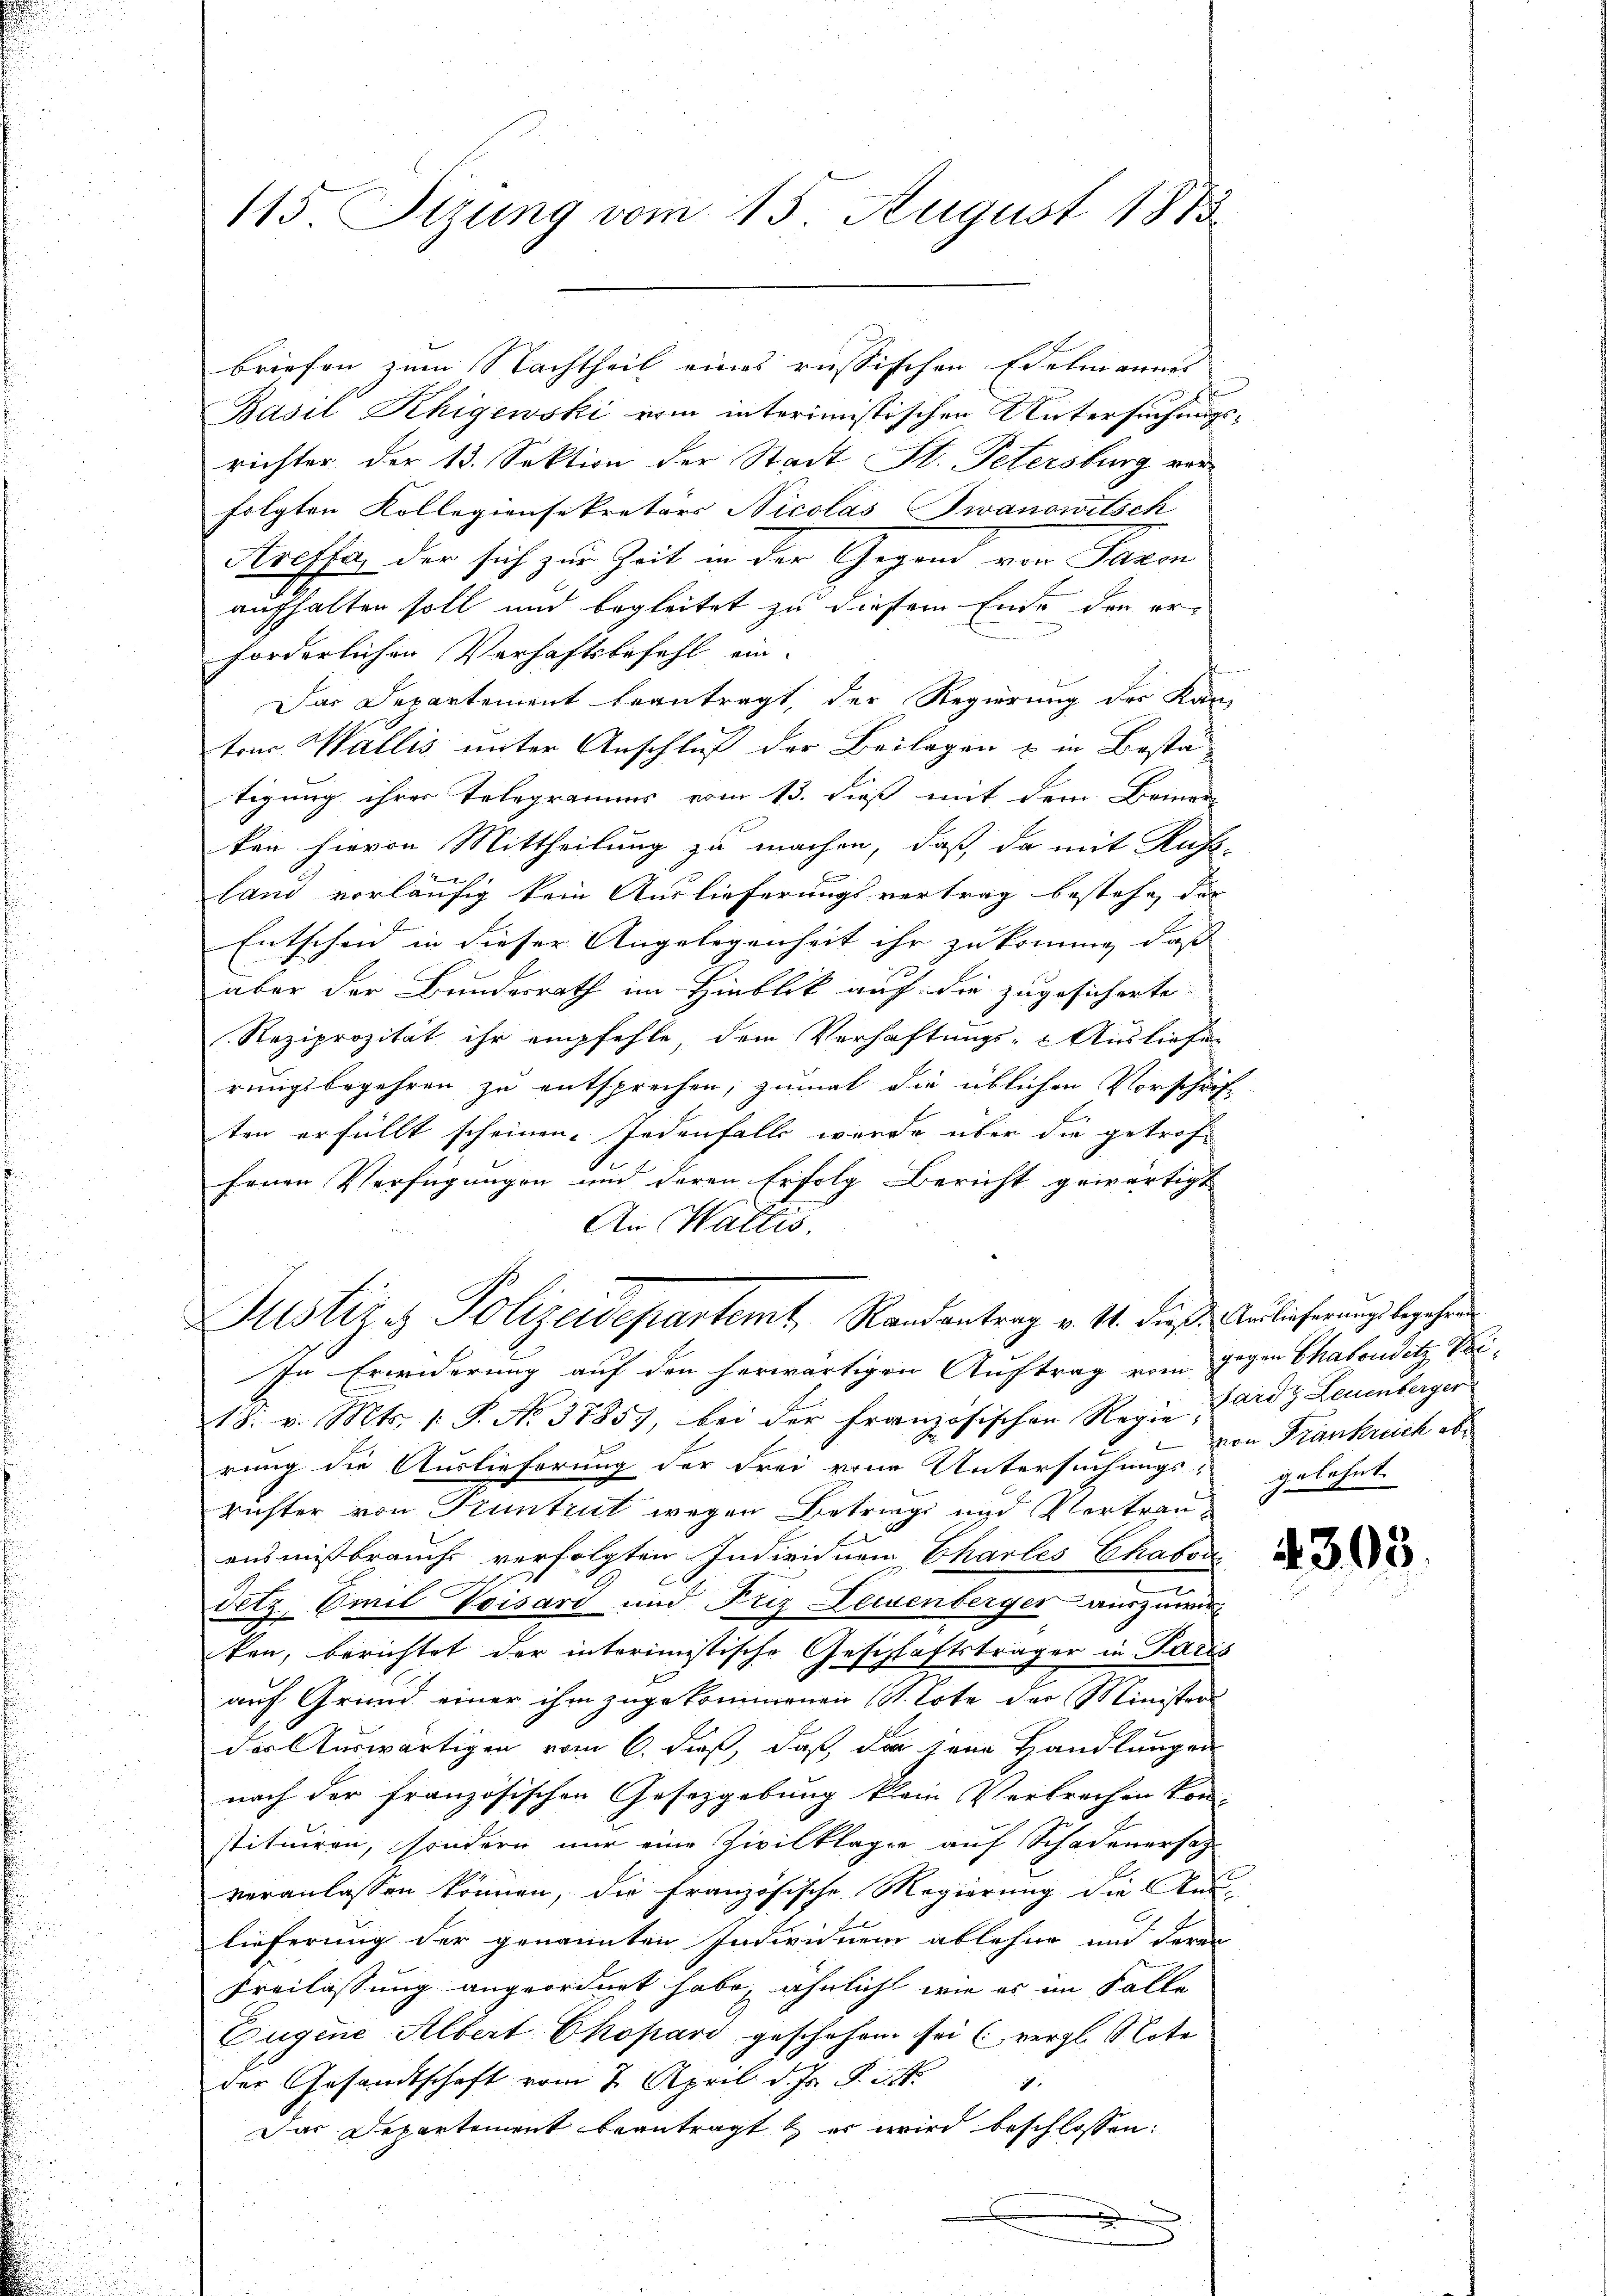
115 Stzung vom 15. August 1873

Basil Khigewski vom interimistischen Untersuchungs-
richter der 13. Sektion der Stadt St. Petersburg vor
folgten Kollegiensikretärs Nicolas Jwanowitsch
Areffe, der sich zur Zeit in der Gegend von Paron
aufhalten soll und begleitet zu diesem Ende den er-
forderlichen Verhaftsbefehl ein-
Das Departement beantragt, der Regierung der Kan-
ton. Wallis unter Anschluß der Beilagen u in Bestä-
tigung ihrer Telegramms vom 13. dieß mit dem Beiner-
ken hievon Mittheilung zu machen, daß da mit Rufs-
Formen
land vorläufig kein Auslieferungsvertrag bestehe, das |
Entscheid in dieser Angelegenheit ihr zu könne, dass |
aber der Bundesrath im Hinblick auf die zugesicherte
Reziprozität ihr empfehle, dem Verhaftungs- & Ausliefer
rungsbegehren zu entsprechen, zumal die üblichen Vorschrift
ten erfüllt scheinen. Jedenfalls werde über die getrof-
fenen Verfügungen und deren Erfolg Bericht gewärtigt
An Wallis.

briefen zum Nachtheil eines russischen Edelmannes

Justiz & Polizeidepartemt, Randantrag v. M. diese Verlieferungsbegehen

In Erwiderung auf den herwärtigen Auftrag vom gegen Chabonditz Bei-
18. v. Mts. 1. P. No. 37857, bei der Französischen Regie (ard & Leuenberger
rung die Auslieferung der Frei von Untersuchungs- gelehnt
richter von Kuntrut wegen Betrieg und Vertrau¬
|
ansmissbrauche verfolgten Individuen Charles Chabon
Tetz, Emil Voisard und Friz Leidenberger auszuwir-
ken, berichtet der interimistische Geschlaftsträger in Paris
auf Grund einer ihm zugekommenen (St. Lote der Ministers
der Auswärtigen vom 6. dieß, daß der seine Handlungen
nach der französischen Gesetzgebung klein Verbrechen kon-
stituiren, sondern nur eine Zivilklagen auf Schadenersag
veranlassen können, die französische Magierung die Aus-
lieferung der genannten Individuen ablehne und deren
Freilassung angeordnet habe, ähnlich wie es im Falle
Eugene Albert Chopari geschehen sei (vergl. Note
der Gesandtschaft vom 7. April d. Js. S. 14t.
7
Das Departement beantragt & es wird beschlossen:

von Frankreich ab¬

4305